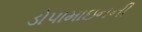
ડોપામાઇનની